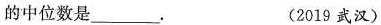
的中位数是___. (2019武汉)